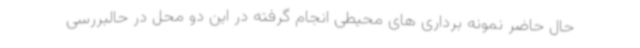
حال حاضر نمونه برداری های محیطی انجام گرفته در این دو محل در حالبررسی